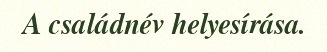
A családnév helyesírása.